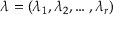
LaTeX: \lambda = ( \lambda _ { 1 } , \lambda _ { 2 } , \ldots , \lambda _ { r } )